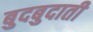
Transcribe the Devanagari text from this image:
बुदबुदाती